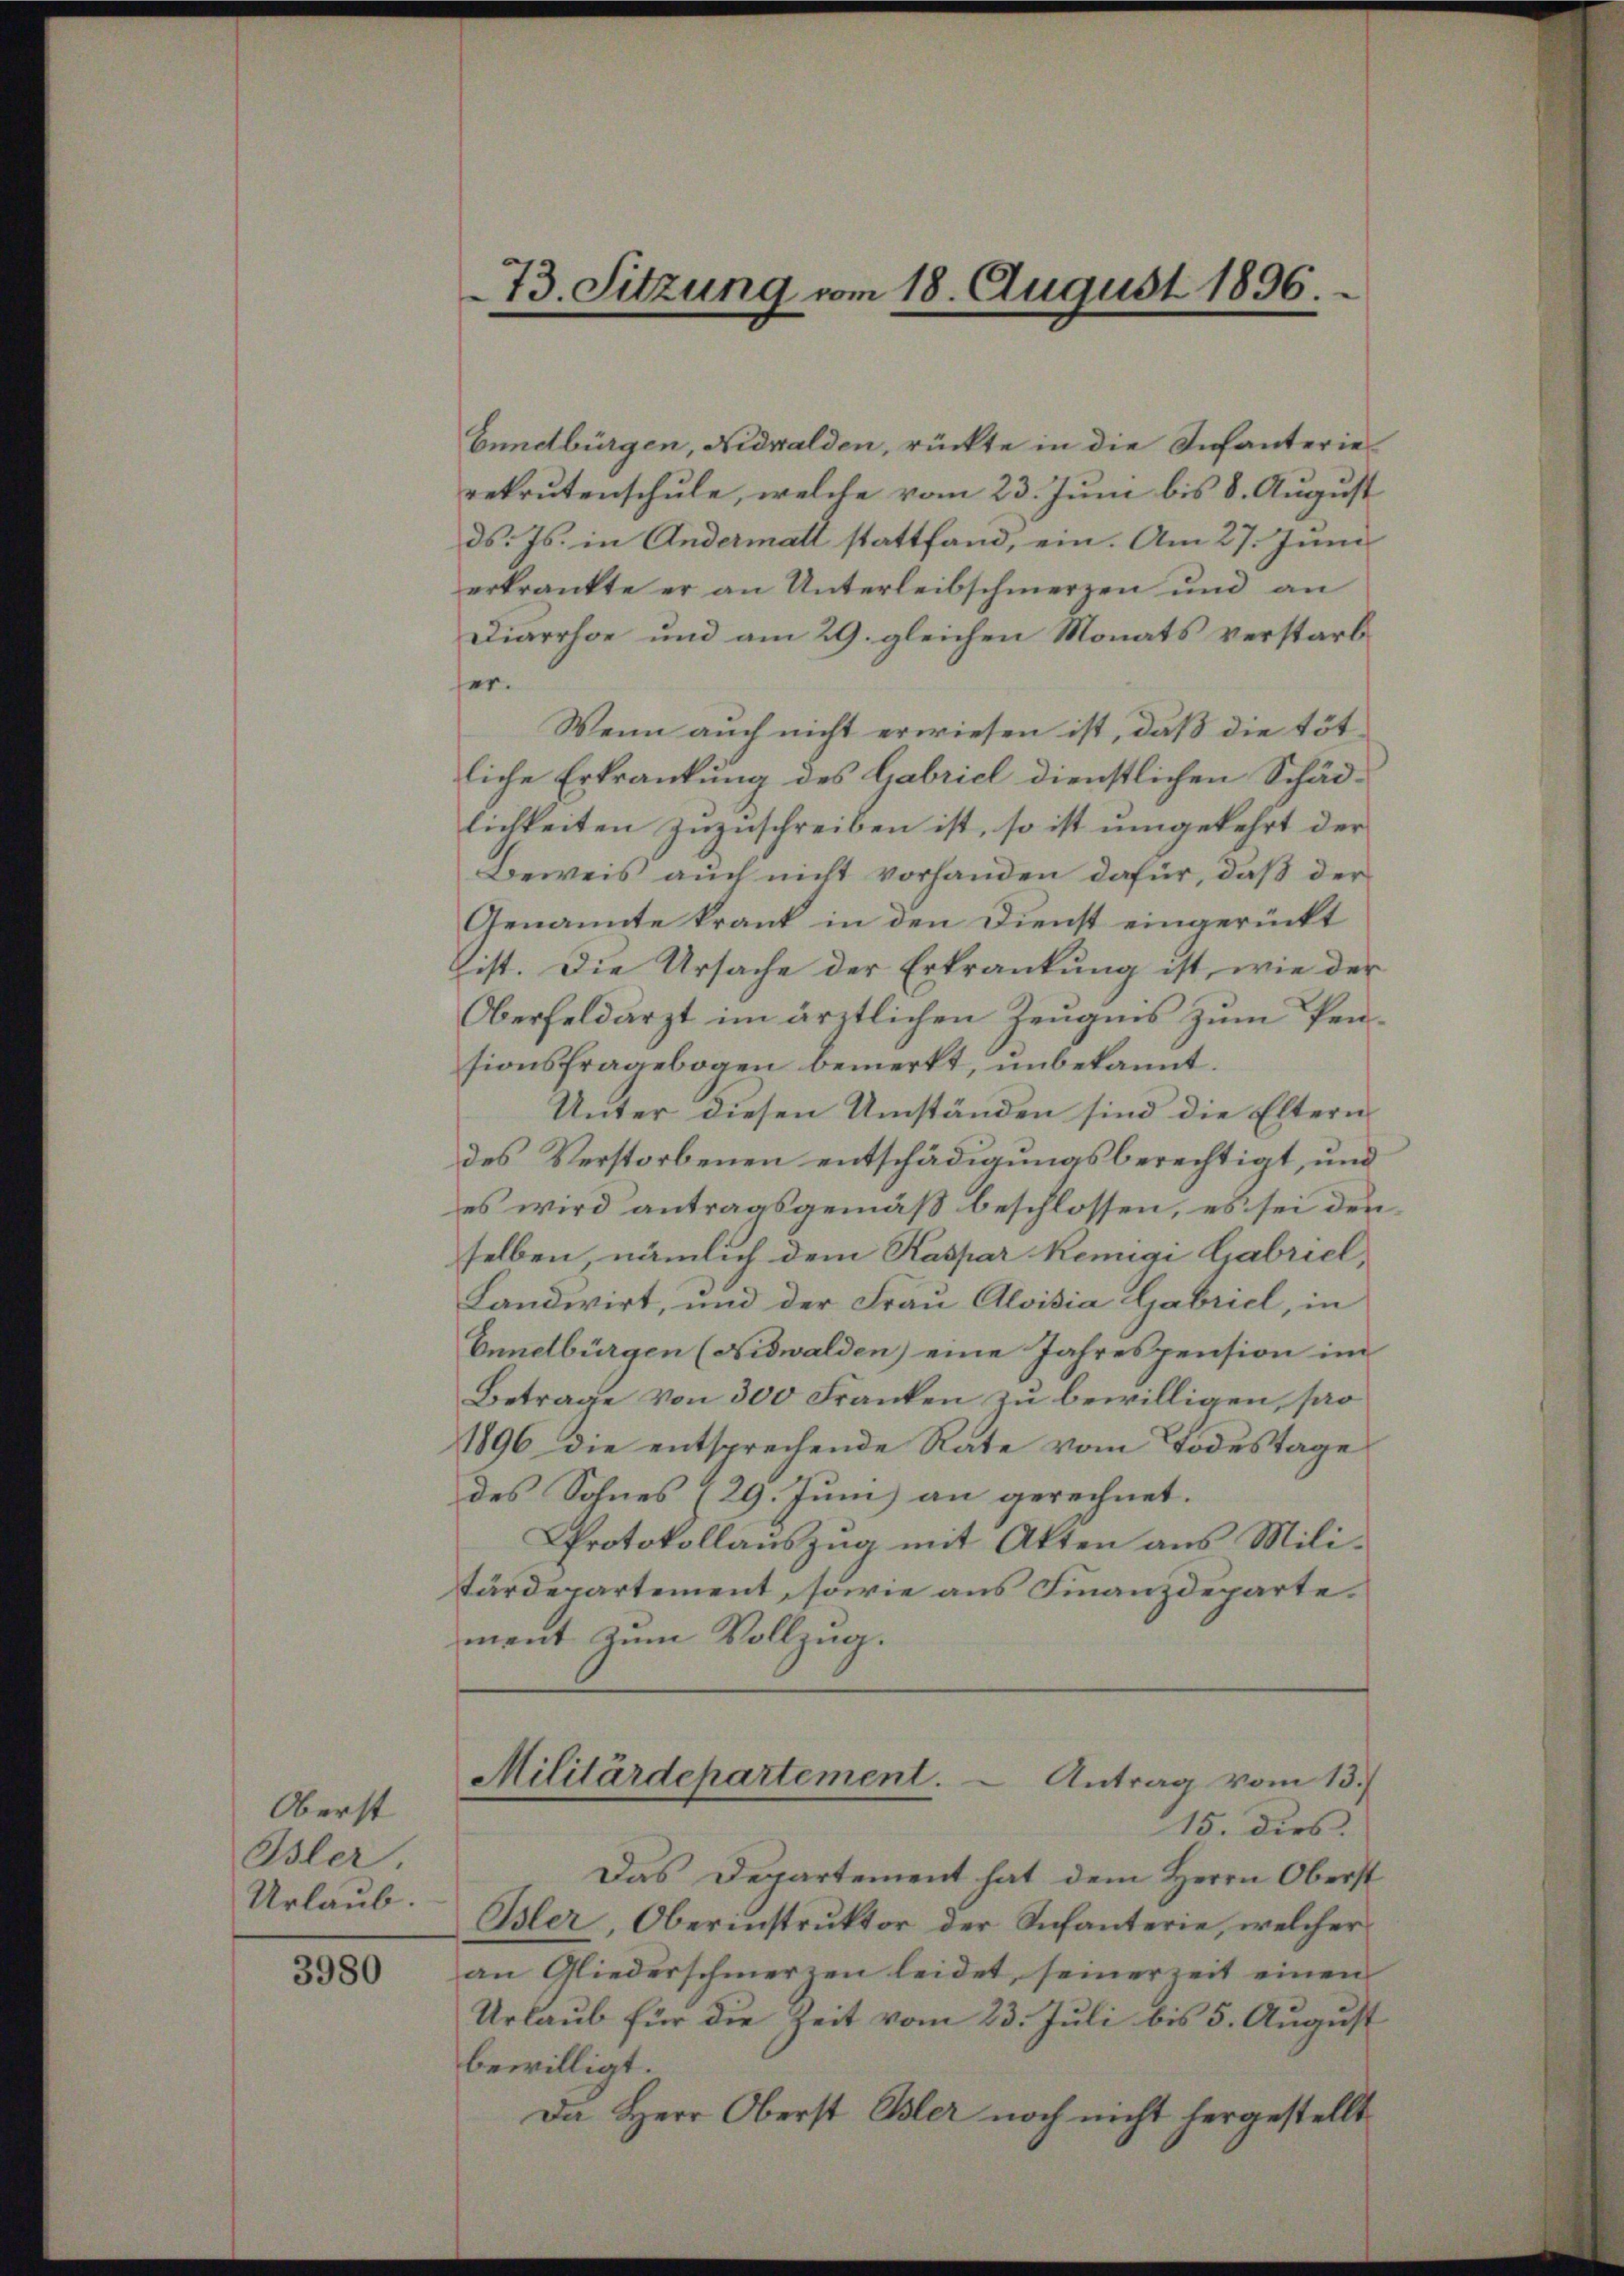
Oberst
Ösler.
Urlaub.

3980

73. Sitzung vom 18. August 1896.

bundbürgen, Nidwalden, rückte in die Infanterierekrutenschule, welche vom 23. Juni bis 8. August
ds. Js. in Andermatt stattfand, ein. Am 27. Juni
erkrankte er an Unterleibschmerzen und an
Diarrhoe und am 29. gleichen Monats verstarbser.
Wenn auch nicht erwiesen ist, daß die töt-
liche Erkrankung des Gabriel dienstlichen Schädlichkeiten zuzuschreiben ist, so ist umgekehrt der
Beweis auch nicht vorhanden dafür, daß der
Genannte krank in den Dienst eingerückt
Eist. Die Ursache der Erkrankung ist, wie der
Oberfeldarzt im ärztlichen Zeugnis zum Pen-
sionsfragebogen bemerkt, unbekannt.
Unter diesen Umständen sind die Eltern
des Verstorbenen entschädigungsberechtigt, und
es wird antragsgemäß beschlossen, es sei denselben, nämlich dem Kaspar Remigi Gabriel,
Landwirt, und der Frau Aloisia Gabriel, in
Ennetbürgen (Nidwalden) eine Jahrespension im
Betrage von 300 Franken zu bewilligen, pro
1896 die entsprechende Rate vom Todestage
des Sohnes (29. Juni an gerechnet.
Protokollauszug mit Akten aus Mili-
tärdepartement, sowie aus Finanzdeparte.
ment zum Vollzug.

Militärdepartement.  Antrag vom 15.
15. dies

Das Departement hat dem Herrn Oberst
Bler, Oberinstrŭktor der Infanterie, welcher
an Gliederschmerzen leidet, seinerzeit einen
Urlaub für die Zeit vom 23. Juli bis 5. August
bewilligt.
Da Herr Oberst Ehler noch nicht hergestellt